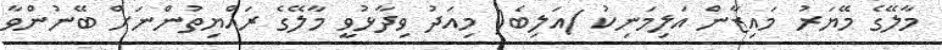
މާލޭގެ މޭޔަރު މައިޒާން އަލިމަނިކު )އަލިބެ( މިއަދު ވިދާޅުވީ މާލޭގެ ރައްޔިތުންނަށް ބޭނުންވާ